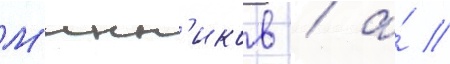
М'инн'иков / а́ //